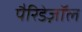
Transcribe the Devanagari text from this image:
पैरिडेज़ॉल